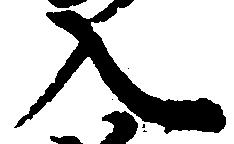
入